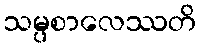
သမ္ပစာလေဿတိ